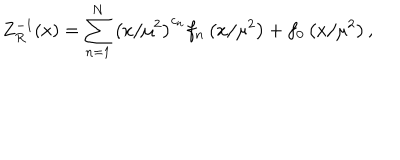
Z _ { R } ^ { - 1 } ( x ) = \sum _ { n = 1 } ^ { N } \left( x / \mu ^ { 2 } \right) ^ { c _ { n } } f _ { n } \left( x / \mu ^ { 2 } \right) + f _ { 0 } \left( x / \mu ^ { 2 } \right) ,